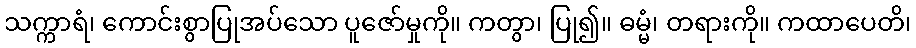
သက္ကာရံ၊ ကောင်းစွာပြုအပ်သော ပူဇော်မှုကို။ ကတွာ၊ ပြု၍။ ဓမ္မံ၊ တရားကို။ ကထာပေတိ၊